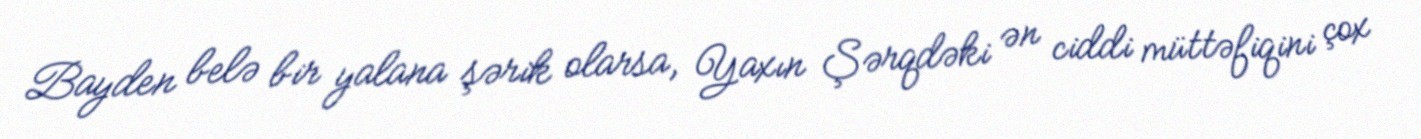
Bayden belə bir yalana şərik olarsa, Yaxın Şərqdəki ən ciddi müttəfiqini çox